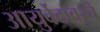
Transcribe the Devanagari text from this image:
आयुर्वेदावरचे